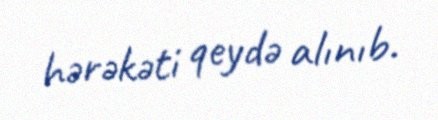
hərəkəti qeydə alınıb.